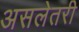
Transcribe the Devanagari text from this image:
असलेतरी